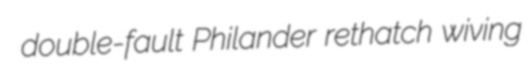
double-fault Philander rethatch wiving